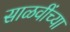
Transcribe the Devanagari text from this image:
साळवींच्या